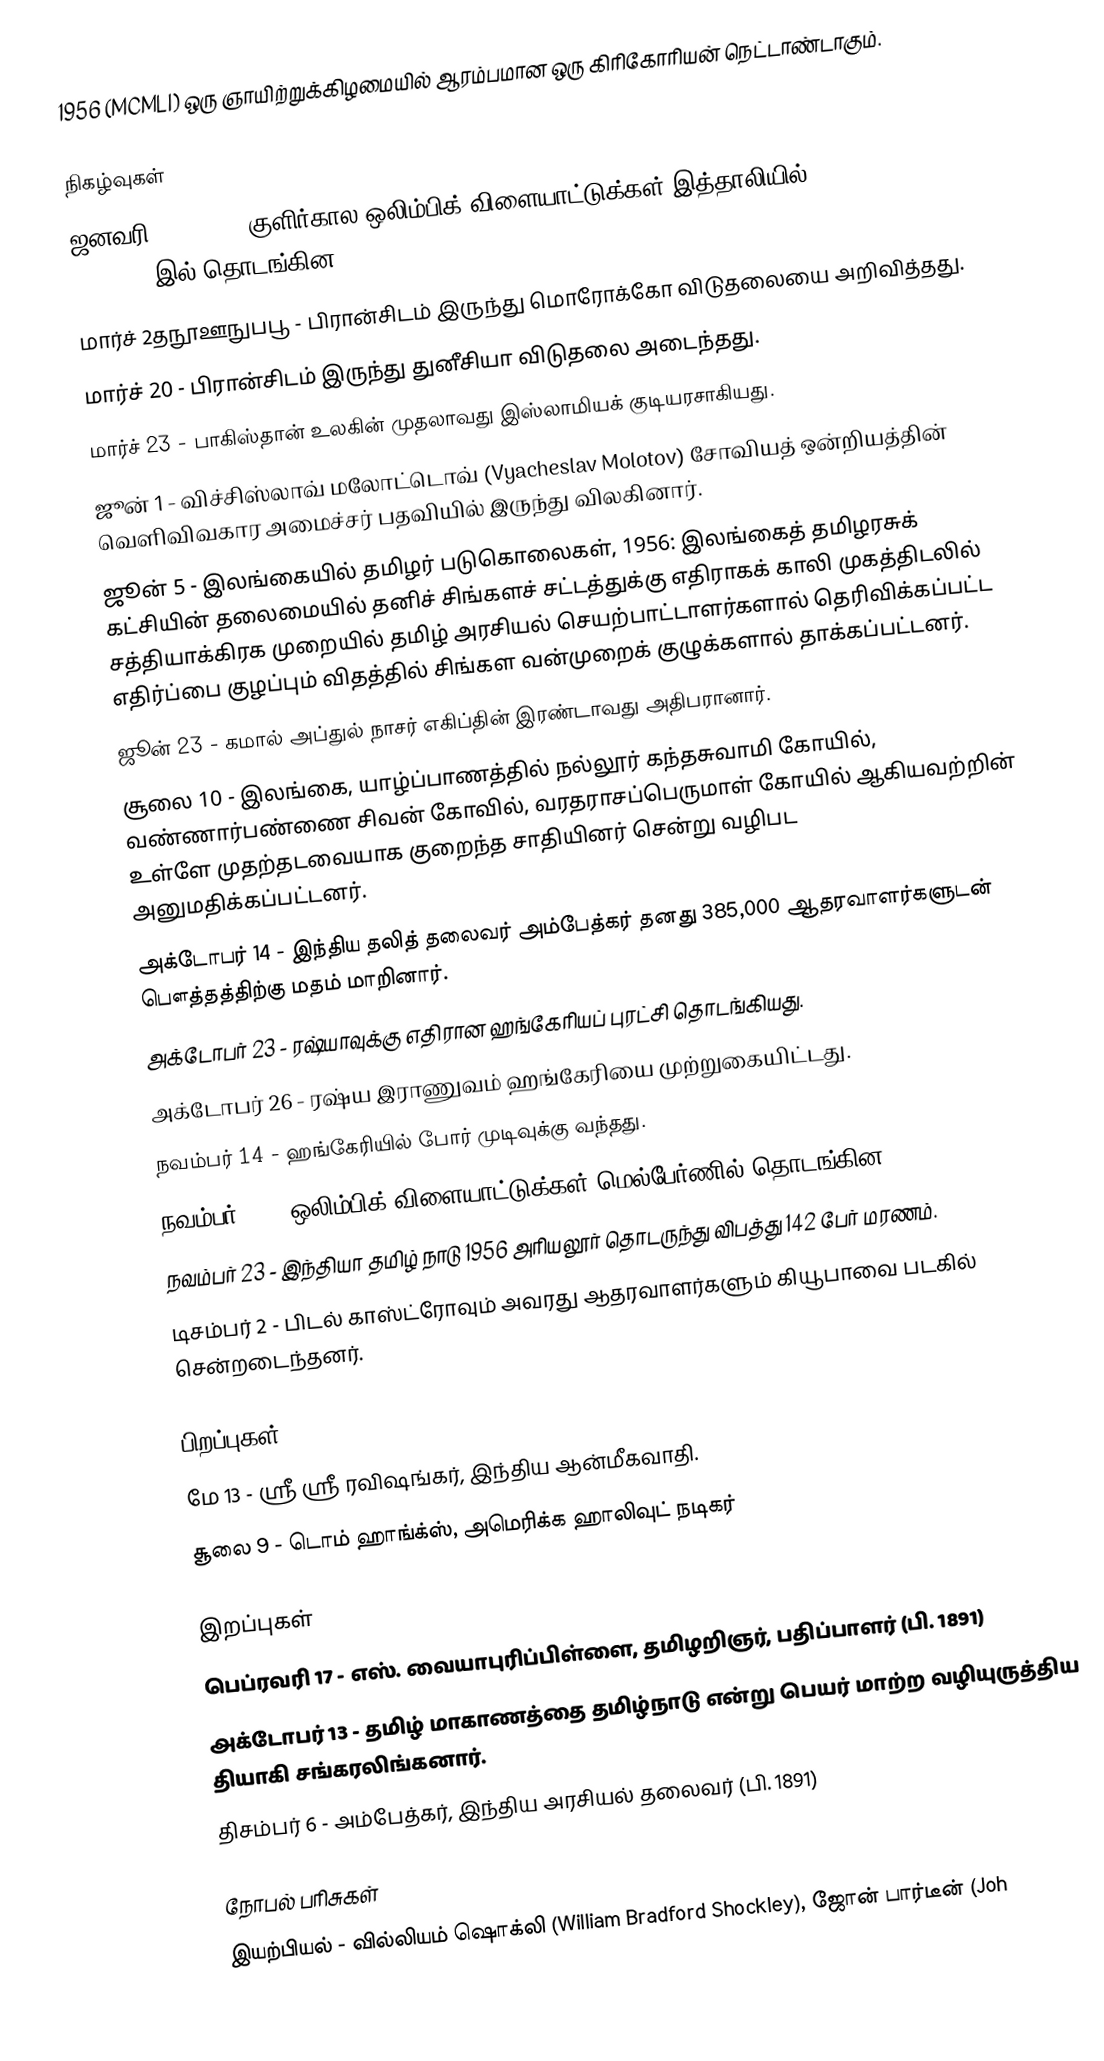
1956  (MCMLI) ஒரு ஞாயிற்றுக்கிழமையில் ஆரம்பமான ஒரு கிரிகோரியன் நெட்டாண்டாகும்.

நிகழ்வுகள்
 ஜனவரி 26 - 1956 குளிர்கால ஒலிம்பிக் விளையாட்டுக்கள் இத்தாலியில் Cortina d'Ampezzoஇல் தொடங்கின.
 மார்ச் 2தநூஊநுபபூ - பிரான்சிடம் இருந்து மொரோக்கோ விடுதலையை அறிவித்தது.
 மார்ச் 20 - பிரான்சிடம் இருந்து துனீசியா விடுதலை அடைந்தது.
 மார்ச் 23 - பாகிஸ்தான் உலகின் முதலாவது இஸ்லாமியக் குடியரசாகியது.
 ஜூன் 1 - விச்சிஸ்லாவ் மலோட்டொவ் (Vyacheslav Molotov) சோவியத் ஒன்றியத்தின் வெளிவிவகார அமைச்சர் பதவியில் இருந்து விலகினார்.
 ஜூன் 5 - இலங்கையில் தமிழர் படுகொலைகள், 1956: இலங்கைத் தமிழரசுக் கட்சியின் தலைமையில் தனிச் சிங்களச் சட்டத்துக்கு எதிராகக் காலி முகத்திடலில் சத்தியாக்கிரக முறையில் தமிழ் அரசியல் செயற்பாட்டாளர்களால் தெரிவிக்கப்பட்ட எதிர்ப்பை குழப்பும் விதத்தில் சிங்கள வன்முறைக் குழுக்களால் தாக்கப்பட்டனர்.
 ஜூன் 23 - கமால் அப்துல் நாசர் எகிப்தின் இரண்டாவது அதிபரானார்.
 சூலை 10 - இலங்கை, யாழ்ப்பாணத்தில் நல்லூர் கந்தசுவாமி கோயில், வண்ணார்பண்ணை சிவன் கோவில், வரதராசப்பெருமாள் கோயில் ஆகியவற்றின் உள்ளே முதற்தடவையாக குறைந்த சாதியினர் சென்று வழிபட அனுமதிக்கப்பட்டனர்.
 அக்டோபர் 14 - இந்திய தலித் தலைவர் அம்பேத்கர் தனது 385,000 ஆதரவாளர்களுடன் பௌத்தத்திற்கு மதம் மாறினார்.
 அக்டோபர் 23 - ரஷ்யாவுக்கு எதிரான ஹங்கேரியப் புரட்சி தொடங்கியது.
 அக்டோபர் 26 - ரஷ்ய இராணுவம் ஹங்கேரியை முற்றுகையிட்டது.
 நவம்பர் 14 - ஹங்கேரியில் போர் முடிவுக்கு வந்தது.
 நவம்பர் 22 - ஒலிம்பிக் விளையாட்டுக்கள் மெல்பேர்ணில் தொடங்கின.
 நவம்பர் 23 - இந்தியா தமிழ் நாடு 1956 அரியலூர் தொடருந்து விபத்து 142 பேர் மரணம்.
 டிசம்பர் 2 - பிடல் காஸ்ட்ரோவும் அவரது ஆதரவாளர்களும் கியூபாவை படகில் சென்றடைந்தனர்.

பிறப்புகள்
 மே 13 - ஸ்ரீ ஸ்ரீ ரவிஷங்கர், இந்திய ஆன்மீகவாதி.
 சூலை 9 - டொம் ஹாங்க்ஸ், அமெரிக்க ஹாலிவுட் நடிகர்

இறப்புகள்
 பெப்ரவரி 17 - எஸ். வையாபுரிப்பிள்ளை, தமிழறிஞர், பதிப்பாளர் (பி. 1891)
 அக்டோபர் 13 - தமிழ் மாகாணத்தை தமிழ்நாடு என்று பெயர் மாற்ற வழியுருத்திய தியாகி சங்கரலிங்கனார்.
 திசம்பர் 6 - அம்பேத்கர், இந்திய அரசியல் தலைவர் (பி. 1891)

நோபல் பரிசுகள்
 இயற்பியல் - வில்லியம் ஷொக்லி (William Bradford Shockley), ஜோன் பார்டீன் (Joh